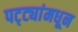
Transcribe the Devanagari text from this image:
पट्ट्यांमधून